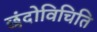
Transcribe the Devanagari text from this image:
छंदोविचिति